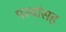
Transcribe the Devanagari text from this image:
पत्त्यांसह